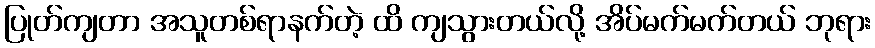
ပြုတ်ကျတာ အသူတစ်ရာနက်တဲ့ ထိ ကျသွားတယ်လို့ အိပ်မက်မက်တယ် ဘုရား